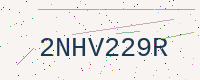
Text: 2NHV229R